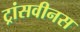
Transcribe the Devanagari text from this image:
ट्रांसवीनस